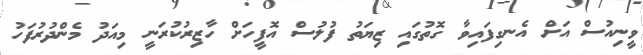
ވީނިއުސް އަށް އެނގިފައިވާ ގޮތުގައި ޒިޔަތު ފުލުސް އޮފީހަށް ހާޒިރުކުރަނީ މިއަދު މެންދުރުފަހު